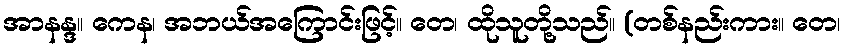
အာနန္ဒ။ ကေန၊ အဘယ်အကြောင်းဖြင့်။ တေ၊ ထိုသူတို့သည်။ (တစ်နည်းကား။ တေ၊